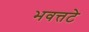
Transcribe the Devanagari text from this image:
भवत्तटे